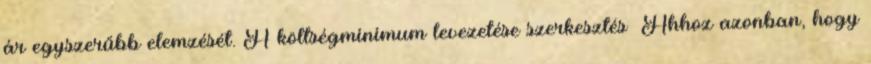
ár egyszerűbb elemzését. A költségminimum levezetése szerkesztés Ahhoz azonban, hogy